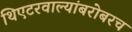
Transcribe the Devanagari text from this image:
थिएटरवाल्यांबरोबरच